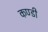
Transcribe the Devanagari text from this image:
कण्डी